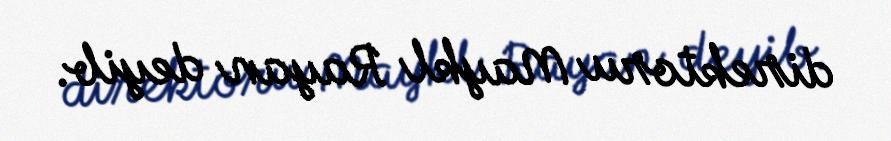
direktoru Maykl Rayan deyib.